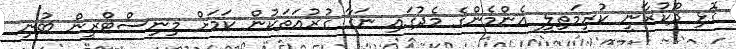
ގޮޅި ދޫކުރާނީ ކުރިމަތިލީ އެންމެންގެ މެދުގައި ނަގާ ގުރުއަތަކުން ކަމަށް މިނިސްޓްރީން ބުނި